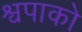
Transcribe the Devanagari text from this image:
श्वपाको